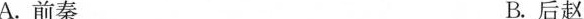
权，总称为”十六国”。”西南的一个政权”是( )A.前秦 B.后赵